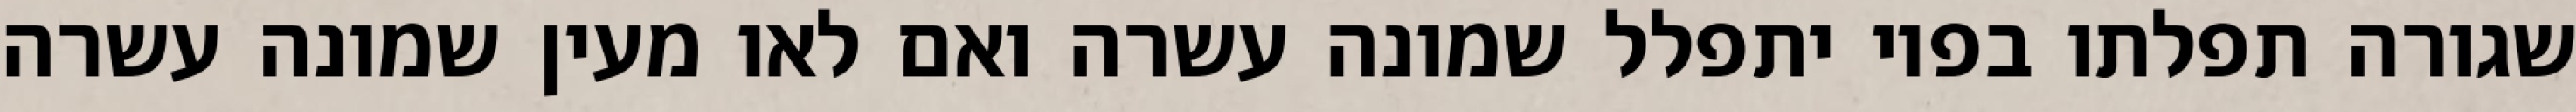
שגורה תפלתו בפיו יתפלל שמונה עשרה ואם לאו מעין שמונה עשרה